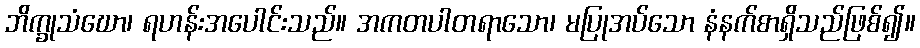
ဘိက္ခုသံဃော၊ ရဟန်းအပေါင်းသည်။ အကတပါတရာသော၊ မပြုအပ်သော နံနက်စာရှိသည်ဖြစ်၍။